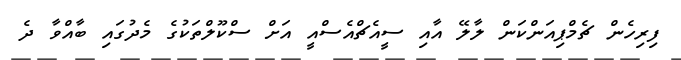
ފިރިހެން ޗެމްޕިއަންކަން ލާލޭ އާއި ސީއެޗްއެސްއީ އަށް ސްކޫލްތަކުގެ މެދުގައި ބާއްވާ ދެ